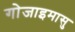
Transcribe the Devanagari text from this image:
गोजाइमासु